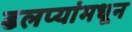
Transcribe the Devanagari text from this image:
ढलप्यांमधून